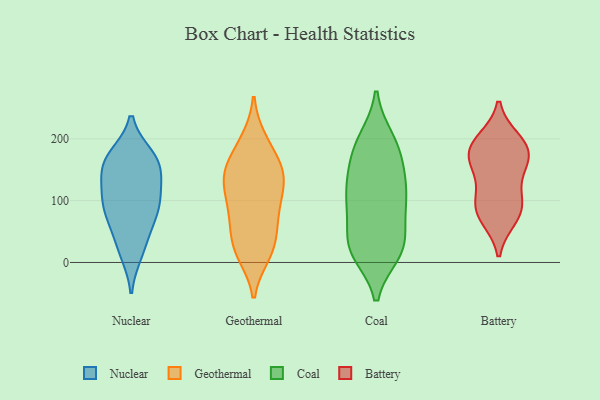
{"axis": {"x": "Net Income (USD K)", "y": "Value"}, "legend": ["Battery", "Coal", "Geothermal", "Nuclear"], "data": [{"x": "", "y": 153, "type": "Nuclear"}, {"x": "", "y": 162, "type": "Nuclear"}, {"x": "", "y": 57, "type": "Nuclear"}, {"x": "", "y": 159, "type": "Nuclear"}, {"x": "", "y": 171, "type": "Nuclear"}, {"x": "", "y": 122, "type": "Nuclear"}, {"x": "", "y": 93, "type": "Nuclear"}, {"x": "", "y": 124, "type": "Nuclear"}, {"x": "", "y": 97, "type": "Nuclear"}, {"x": "", "y": 170, "type": "Nuclear"}, {"x": "", "y": 25, "type": "Nuclear"}, {"x": "", "y": 16, "type": "Nuclear"}, {"x": "", "y": 78, "type": "Nuclear"}, {"x": "", "y": 86, "type": "Nuclear"}, {"x": "", "y": 197, "type": "Geothermal"}, {"x": "", "y": 85, "type": "Geothermal"}, {"x": "", "y": 21, "type": "Geothermal"}, {"x": "", "y": 170, "type": "Geothermal"}, {"x": "", "y": 148, "type": "Geothermal"}, {"x": "", "y": 13, "type": "Geothermal"}, {"x": "", "y": 77, "type": "Geothermal"}, {"x": "", "y": 49, "type": "Geothermal"}, {"x": "", "y": 142, "type": "Geothermal"}, {"x": "", "y": 14, "type": "Geothermal"}, {"x": "", "y": 83, "type": "Geothermal"}, {"x": "", "y": 157, "type": "Geothermal"}, {"x": "", "y": 142, "type": "Geothermal"}, {"x": "", "y": 198, "type": "Geothermal"}, {"x": "", "y": 55, "type": "Geothermal"}, {"x": "", "y": 117, "type": "Geothermal"}, {"x": "", "y": 24, "type": "Geothermal"}, {"x": "", "y": 129, "type": "Geothermal"}, {"x": "", "y": 138, "type": "Geothermal"}, {"x": "", "y": 106, "type": "Geothermal"}, {"x": "", "y": 92, "type": "Coal"}, {"x": "", "y": 15, "type": "Coal"}, {"x": "", "y": 200, "type": "Coal"}, {"x": "", "y": 22, "type": "Coal"}, {"x": "", "y": 108, "type": "Coal"}, {"x": "", "y": 197, "type": "Coal"}, {"x": "", "y": 88, "type": "Coal"}, {"x": "", "y": 25, "type": "Coal"}, {"x": "", "y": 173, "type": "Coal"}, {"x": "", "y": 18, "type": "Coal"}, {"x": "", "y": 155, "type": "Coal"}, {"x": "", "y": 51, "type": "Coal"}, {"x": "", "y": 134, "type": "Coal"}, {"x": "", "y": 84, "type": "Coal"}, {"x": "", "y": 157, "type": "Coal"}, {"x": "", "y": 119, "type": "Coal"}, {"x": "", "y": 114, "type": "Coal"}, {"x": "", "y": 34, "type": "Coal"}, {"x": "", "y": 16, "type": "Coal"}, {"x": "", "y": 195, "type": "Coal"}, {"x": "", "y": 76, "type": "Battery"}, {"x": "", "y": 193, "type": "Battery"}, {"x": "", "y": 169, "type": "Battery"}, {"x": "", "y": 86, "type": "Battery"}, {"x": "", "y": 190, "type": "Battery"}, {"x": "", "y": 172, "type": "Battery"}, {"x": "", "y": 72, "type": "Battery"}, {"x": "", "y": 149, "type": "Battery"}, {"x": "", "y": 101, "type": "Battery"}, {"x": "", "y": 108, "type": "Battery"}, {"x": "", "y": 161, "type": "Battery"}, {"x": "", "y": 198, "type": "Battery"}]}